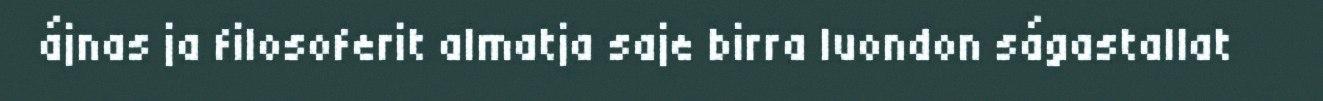
ájnas ja filosoferit almatja saje birra luondon ságastallat